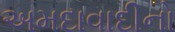
અમદાવાદીનો